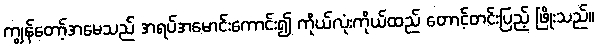
ကျွန်တော့်အမေသည် အရပ်အမောင်းကောင်း၍ ကိုယ်လုံးကိုယ်ထည် တောင့်တင်းပြည့် ဖြိုးသည်။